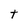
Character: t